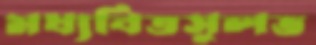
মধ্যবিত্তসুলভ